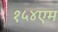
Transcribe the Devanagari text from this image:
१५४एम